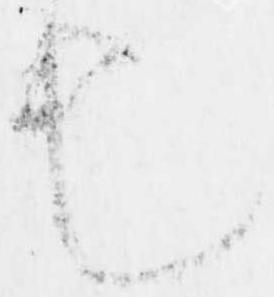
也